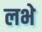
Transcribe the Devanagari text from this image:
लभे